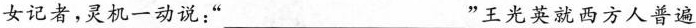
女记者，灵机一动说：”___”王光英就西方人普遍